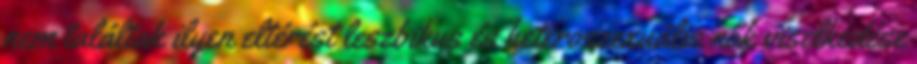
nem találtak ilyen eltérést leszbikus és heteroszexuális nők viselkedése